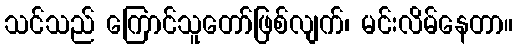
သင်သည် ကြောင်သူတော်ဖြစ်လျက်၊ မင်းလိမ်နေတာ။